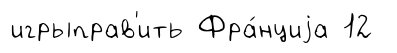
игрыправ'ить Фра́нциjа 12